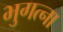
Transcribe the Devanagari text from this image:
भुगत्ना